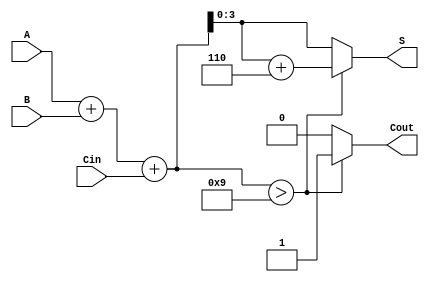
module BCD_Adder (
    input [3:0] A,      // BCD digit A
    input [3:0] B,      // BCD digit B
    input Cin,          // Carry-in
    output reg [3:0] S, // BCD sum output
    output reg Cout     // Carry-out
);

    wire [4:0] Sum;     // 5-bit sum to accommodate carry
    wire [4:0] Corrected_Sum; // Corrected sum after BCD adjustment

    // Step 1: Perform binary addition
    assign Sum = A + B + Cin;

    // Step 2: Check if the sum exceeds 9
    always @(*) begin
        if (Sum > 9) begin
            // Apply BCD correction by adding 6
            Corrected_Sum = Sum + 5'd6;
            S = Corrected_Sum[3:0]; // Take the lower 4 bits as the BCD result
            Cout = 1;                // Set carry-out
        end else begin
            S = Sum[3:0];            // No correction needed
            Cout = 0;                // No carry-out
        end
    end

endmodule